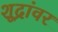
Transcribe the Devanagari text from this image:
शूद्रांवर